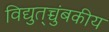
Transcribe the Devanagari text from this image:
विद्युत्‌च्चुंबकीय